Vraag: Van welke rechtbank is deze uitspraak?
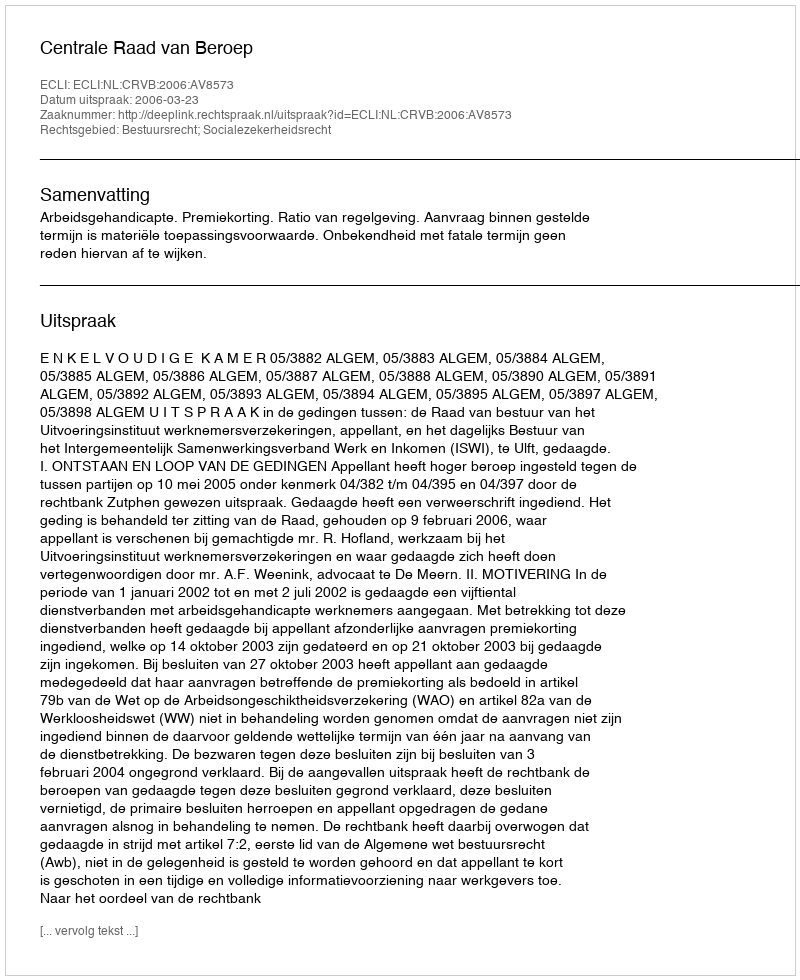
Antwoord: Centrale Raad van Beroep